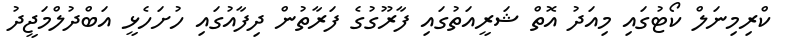
ކްރިމިނަލް ކޯޓުގައި މިއަދު އޮތް ޝަރީއަތުގައި ފާރޫގުގެ ފަރާތުން ދިފާއުގައި ހުށަހެޅީ އަބްދުލްމަޖީދު